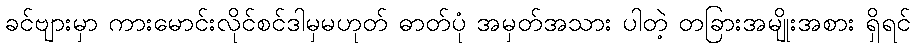
ခင်ဗျားမှာ ကားမောင်းလိုင်စင်ဒါမှမဟုတ် ဓာတ်ပုံ အမှတ်အသား ပါတဲ့ တခြားအမျိုးအစား ရှိရင်